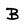
Character: B